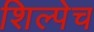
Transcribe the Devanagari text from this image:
शिल्पेच